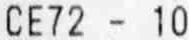
CE72 - 10